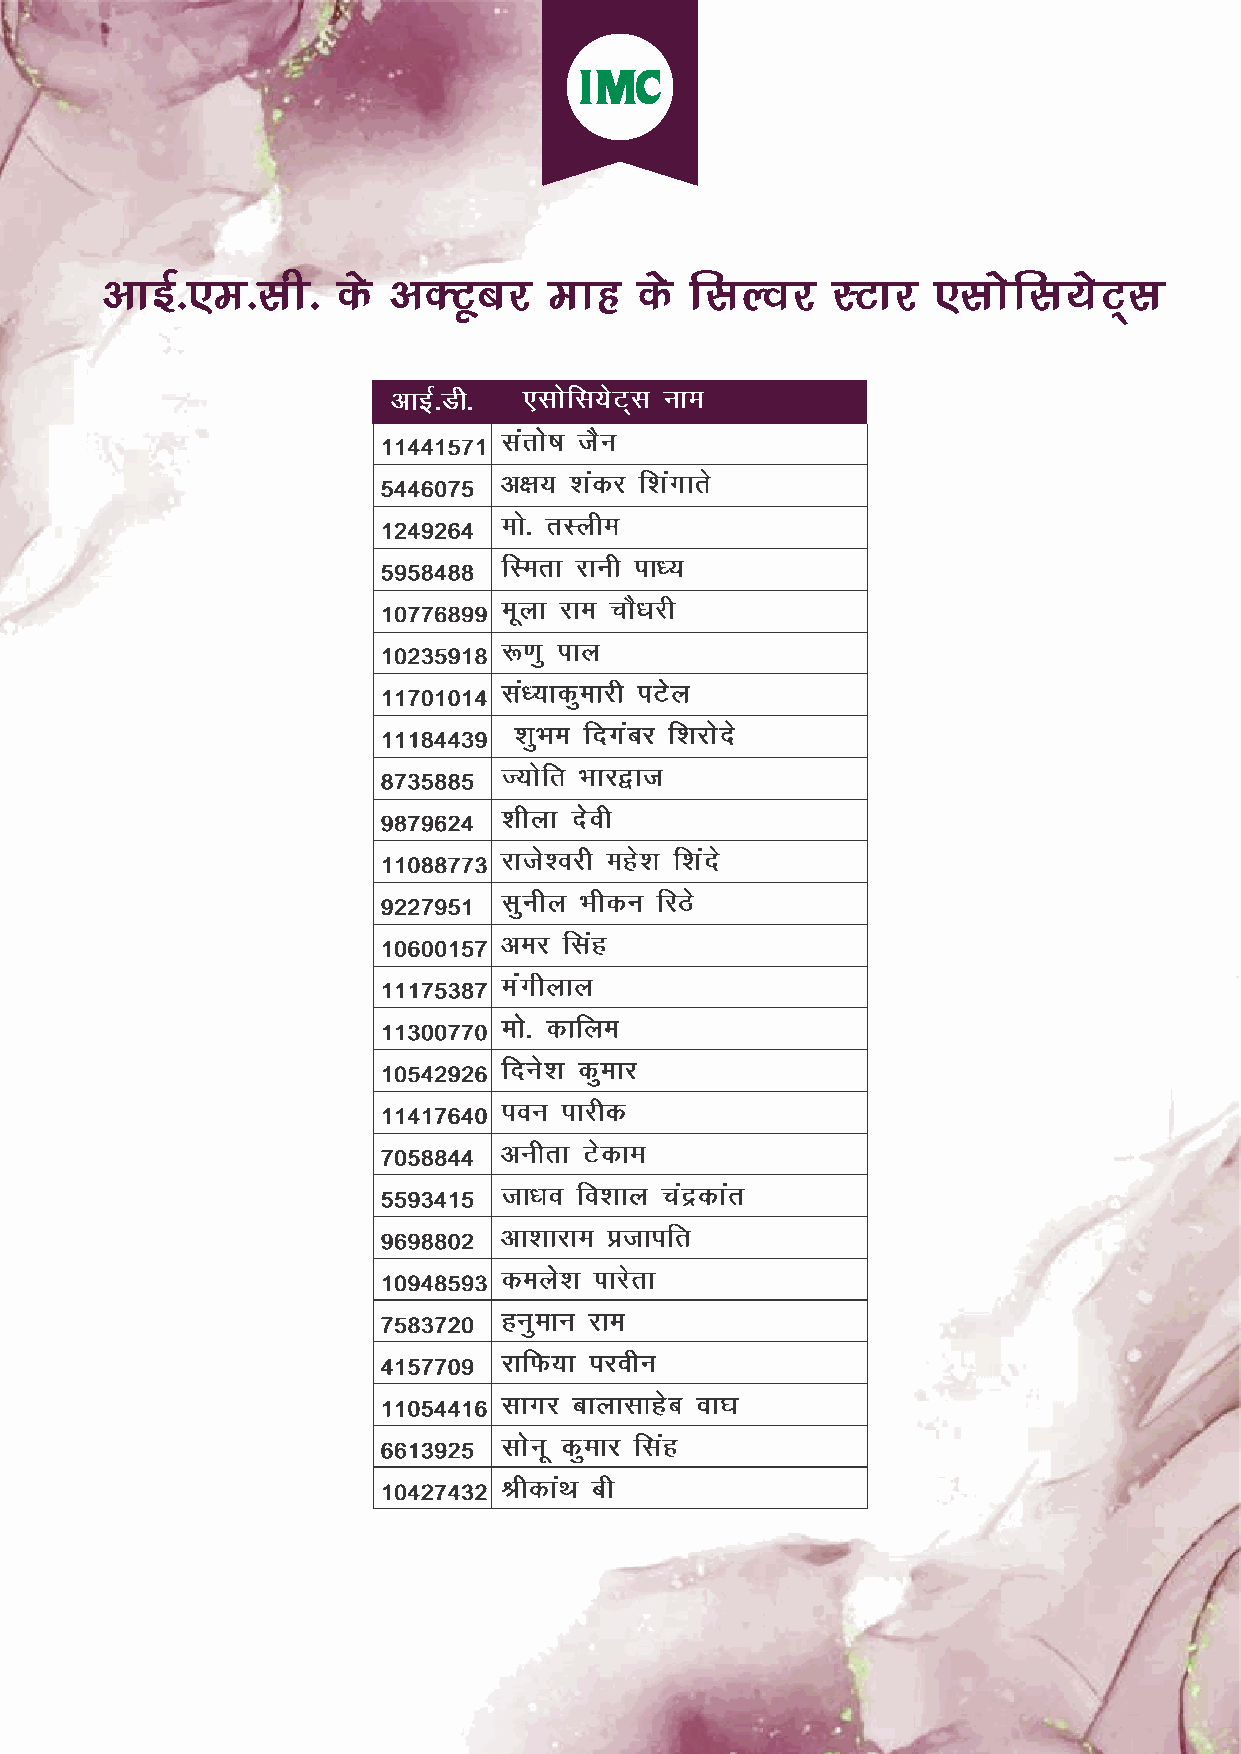
vkbZ-,e-lh-    ds  vDVwcj    ekg   ds  flYoj    LVkj   ,lksfl;sV~l